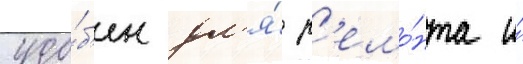
удо́б'ен дл'я́ р'емо́нта и́